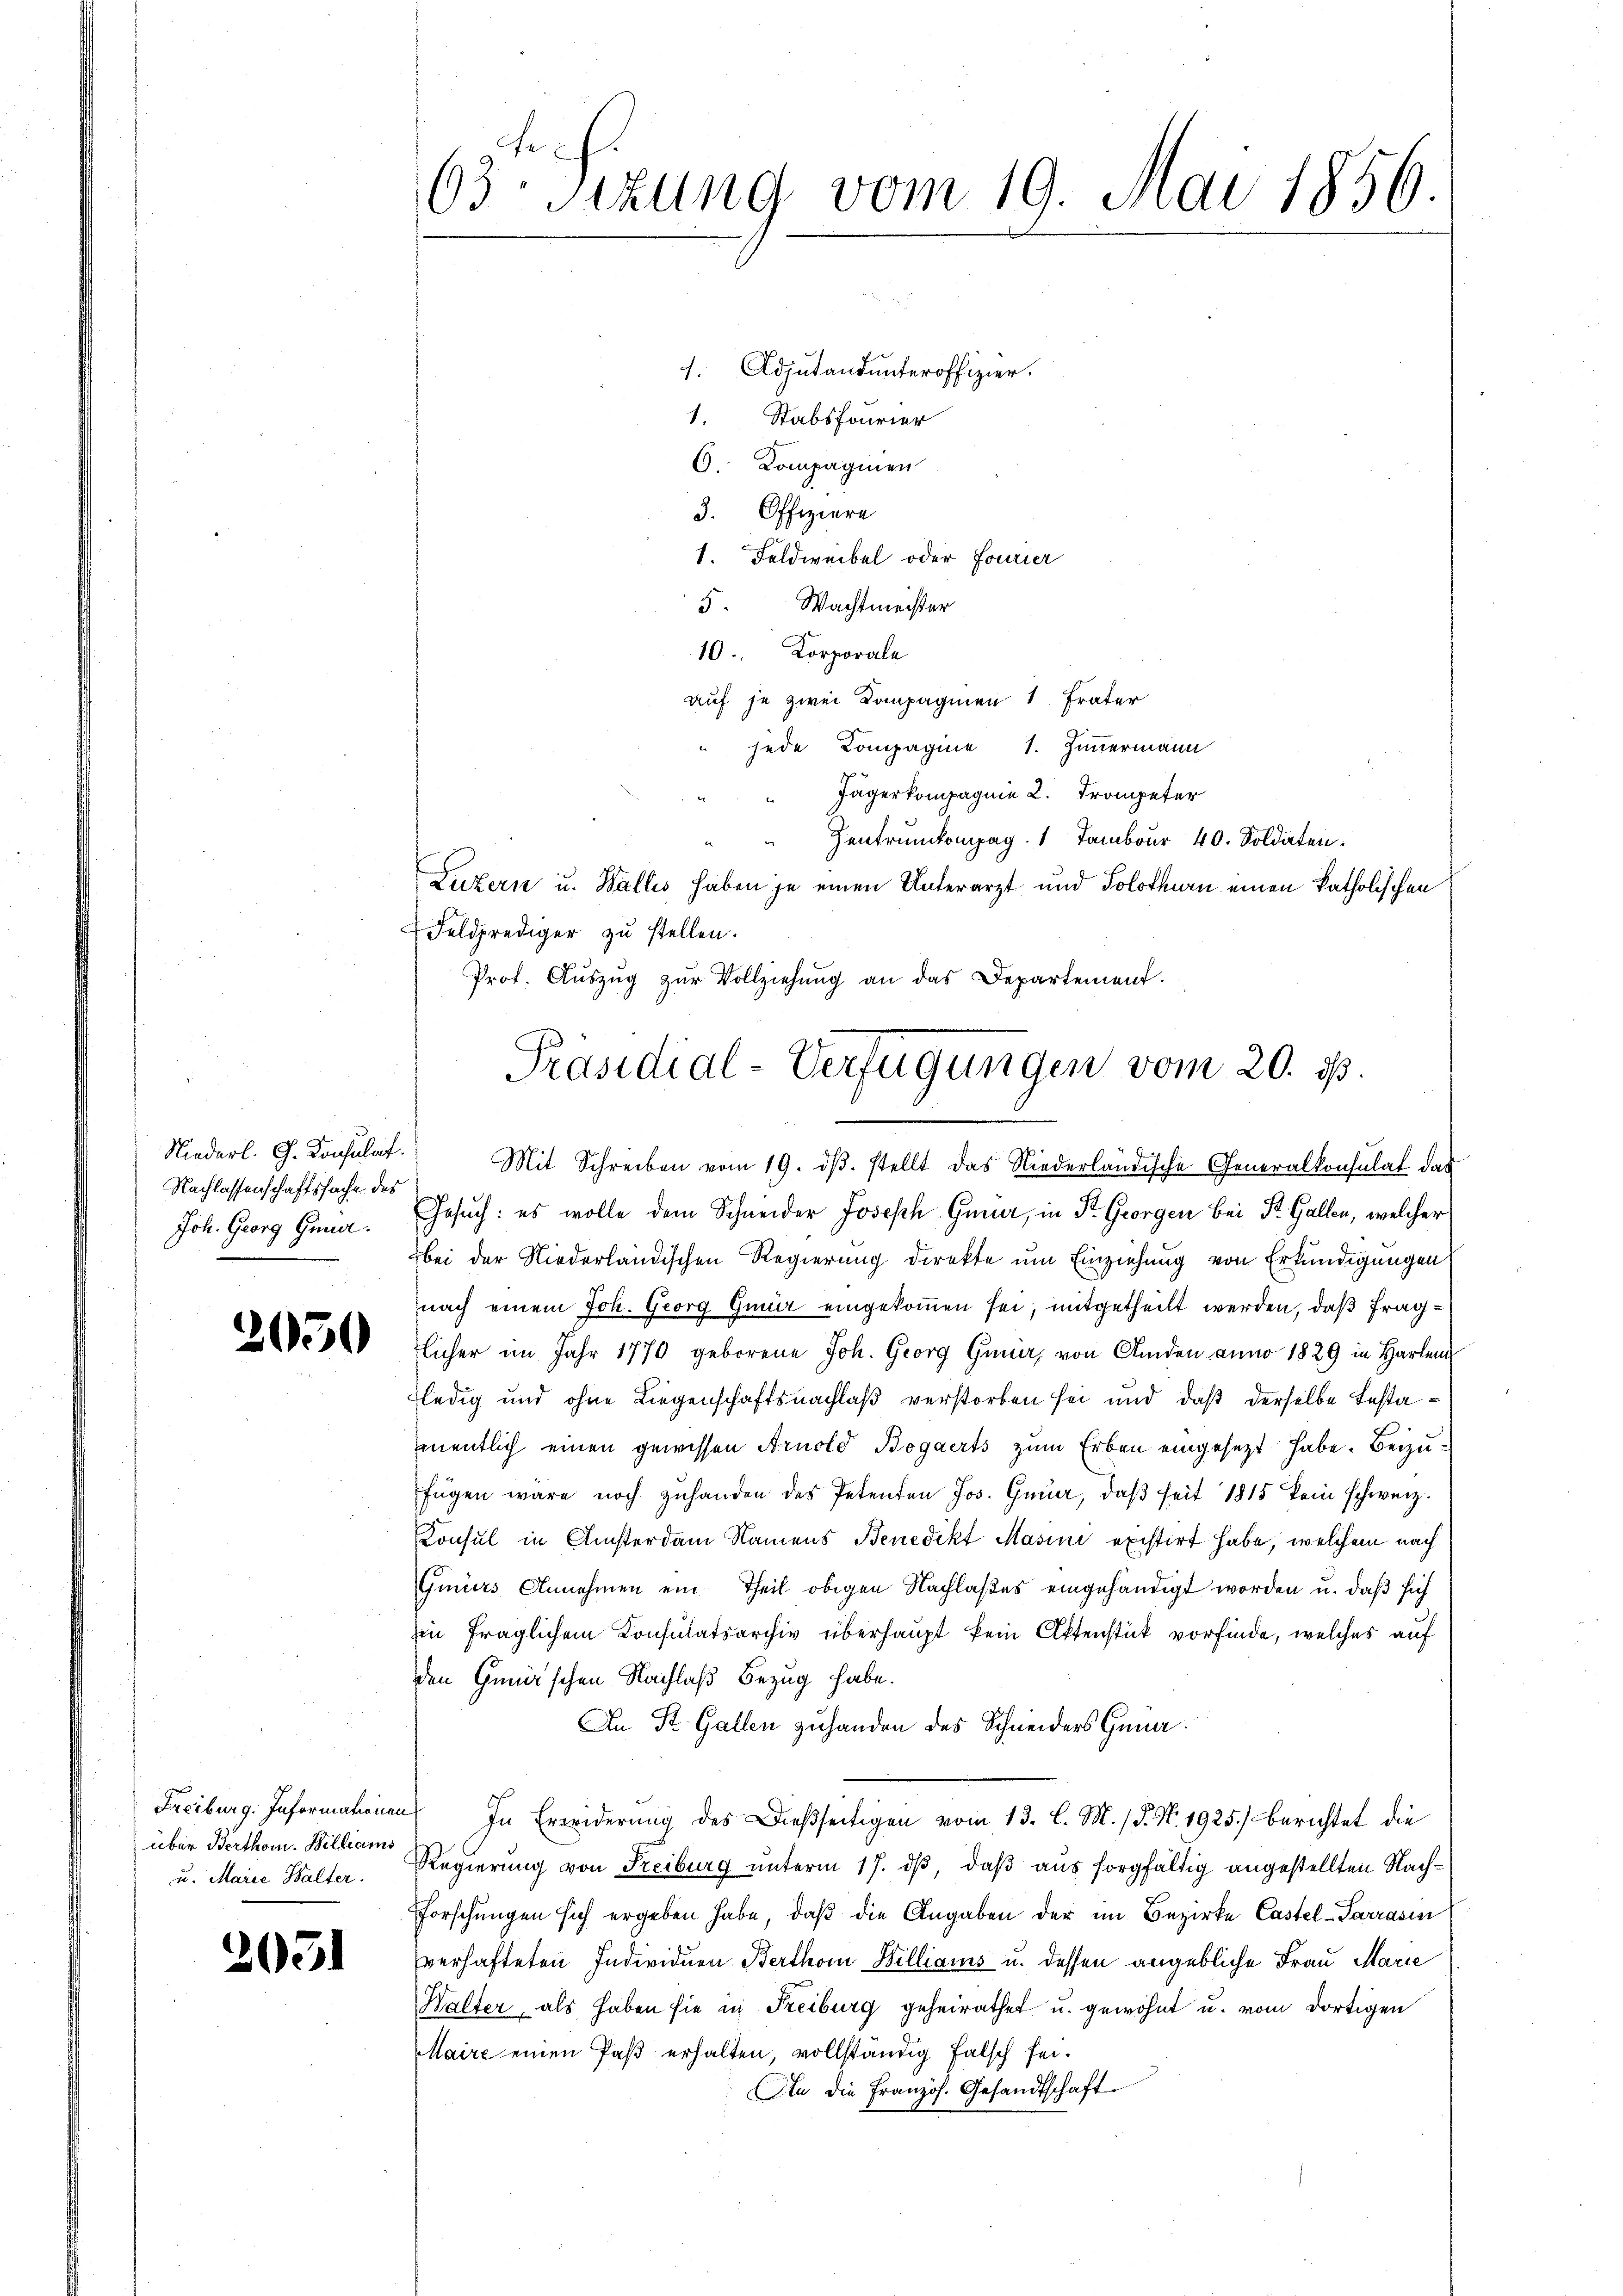
Nachlassenschaftssache des
Joh. Georg Gener.

2050

1. Adjutantunteroffizier.
1. Stabsfourier
6. Kompagnien
3. Offiziere
1. Feldweibel oder Fourier
5. Wachtmeister
10. Korporale
auf je zwei Kompagnien 1 Frater
 jede Compagine 1. Zimmermann
" Jägerkompagnie 2. Trompeter
Zentrunkompag. 1 Tambour 40. Soldaten.
Luzern u. Wallis haben je einen Unterarzt und Solothurn einen katholischen
Feldprediger zu stellen.
Prof. Auszug zur Vollziehung an das Departement.
Niederl. G. Konsulat. Mit Schreiben vom 19. dβ. stellt das Niederländische Generalkonsulat das
Gesuch: es wolle dem Schneider Joseph Gina, in Dr. Georgen bei St. Gallen, welcher
bei der Niederländischen Regierung direkte um Einziehung von Erkundigungen
nach einem Joh. Georg Gmür eingekommen sei, mitgetheilt werden, daß fraglicher im Jahr 1770 geborene Joh. Georg Gener, von Amden anno 1829 in Harle
Fledig und ohne Liegenschaftsnachlaß verstorben sei und daß derselbe Testamentlich einen gewissen Arnold Bogaerts zum Erben eingesetzt habe. Beizufügen wäre noch zŭ handen des Petenten Jos. Gena, daβ seit 1815 kein schweiz.
Konsul in Ansterdam Namens Benedikt Masini existirt habe, welchem nach
Gmürs Annehmen ein Theil obigen Nachlaßes eingehändigt worden u. daß sich
zin fraglichem Konsulatsarchiv überhaupt kein Aktenstück vorfinde, welches auf
den Gemischen Nachlaß Bezug habe.
An St. Gallen zuhanden des Schneiders Gena
Freiburg. Informationen In Erwiderŭng des Dießseitigen vom 13. l. M. (§. N. 1925.) Berichtet die
Regierung von Freiburg unterm 17. dβ, daß aus sorgfältig angestellten Nachforschungen sich ergeben habe, daβ die Angaben der im Bezirke Castel-Sarrasin
verhafteten Individuen Berthom Williams u. dessen angebliche Frau Marie
Walter, als haben sie in Freiburg geheirathet u. gewöhnt u. vom dortigen
Maire einen Paß erhalten, vollständig falsch sei.
An die Französ. Gesandtschaft.

über Berthon. Billiams
u. Marie Walter.

2031

63. Sizung vom 19. Mai 1856.

Präsidial-Verfügungen vom 20. d.